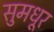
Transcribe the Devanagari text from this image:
सुमधूर